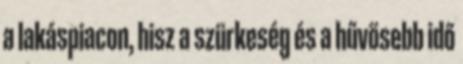
a lakáspiacon, hisz a szürkeség és a hűvösebb idő